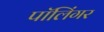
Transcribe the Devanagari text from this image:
पॉलिंगर